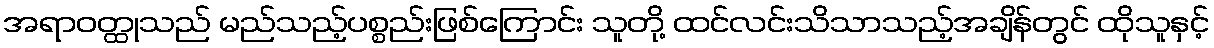
အရာဝတ္ထုသည် မည်သည့်ပစ္စည်းဖြစ်ကြောင်း သူတို့ ထင်လင်းသိသာသည့်အချိန်တွင် ထိုသူနှင့်